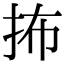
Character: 抪